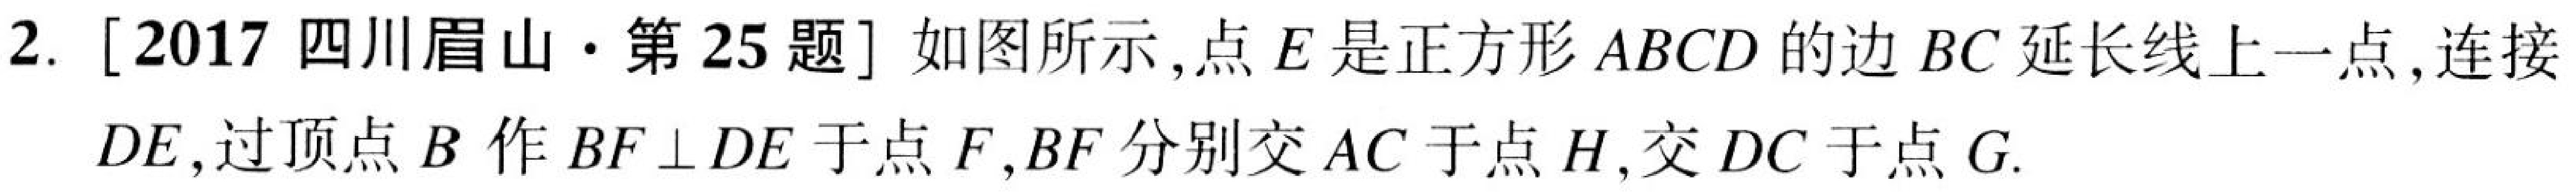
2. [2017 四川眉山·第25题] 如图所示,点\(E\)是正方形\(ABCD\)的边\(BC\)延长线上一点,连接\(DE\),过顶点\(B\)作\(BF\perp DE\)于点\(F\),\(BF\)分别交\(AC\)于点\(H\),交\(DC\)于点\(G\).